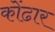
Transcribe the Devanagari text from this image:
कोंढार